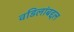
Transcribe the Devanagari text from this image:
वडिलांबद्दल